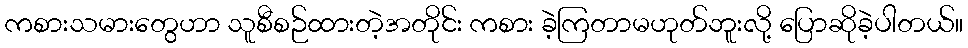
ကစားသမားတွေဟာ သူစီစဉ်ထားတဲ့အတိုင်း ကစား ခဲ့ကြတာမဟုတ်ဘူးလို့ ပြောဆိုခဲ့ပါတယ်။